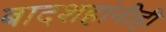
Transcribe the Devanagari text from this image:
बादशहांनीही